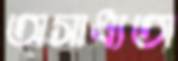
অসাধ্যতা